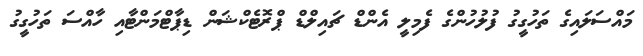
މައްސަލައިގެ ތަހުގީގު ފުލުހުންގެ ފެމިލީ އެންޑް ޗައިލްޑް ޕްރޮޓެކްޝަން ޑިޕާޓްމަންޓާއި ހާއްސަ ތަހުގީގު